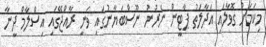
މިކަމަށް ގޮވާލައި އަދާލަތު ޕާޓީން ނެރުނު ނޫސްބަޔާނުގައި ވަނީ ރާއްޖޭގައި އިސްލާމް ދީނާ